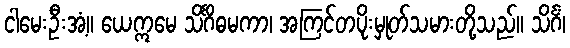
ငါမေးဦးအံ့။ ယေဣမေ သိင်္ဂိဓမကာ၊ အကြင်တပိုးမှုတ်သမားတို့သည်။ သိင်္ဂံ၊